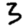
Digit: 3